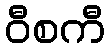
ဝီစကီ